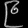
Digit: ၉